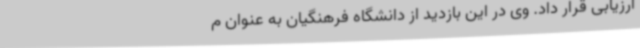
ارزیابی قرار داد. وی در این بازدید از دانشگاه فرهنگیان به عنوان م